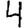
Digit: 4